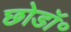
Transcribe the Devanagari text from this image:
छोडॉ॰